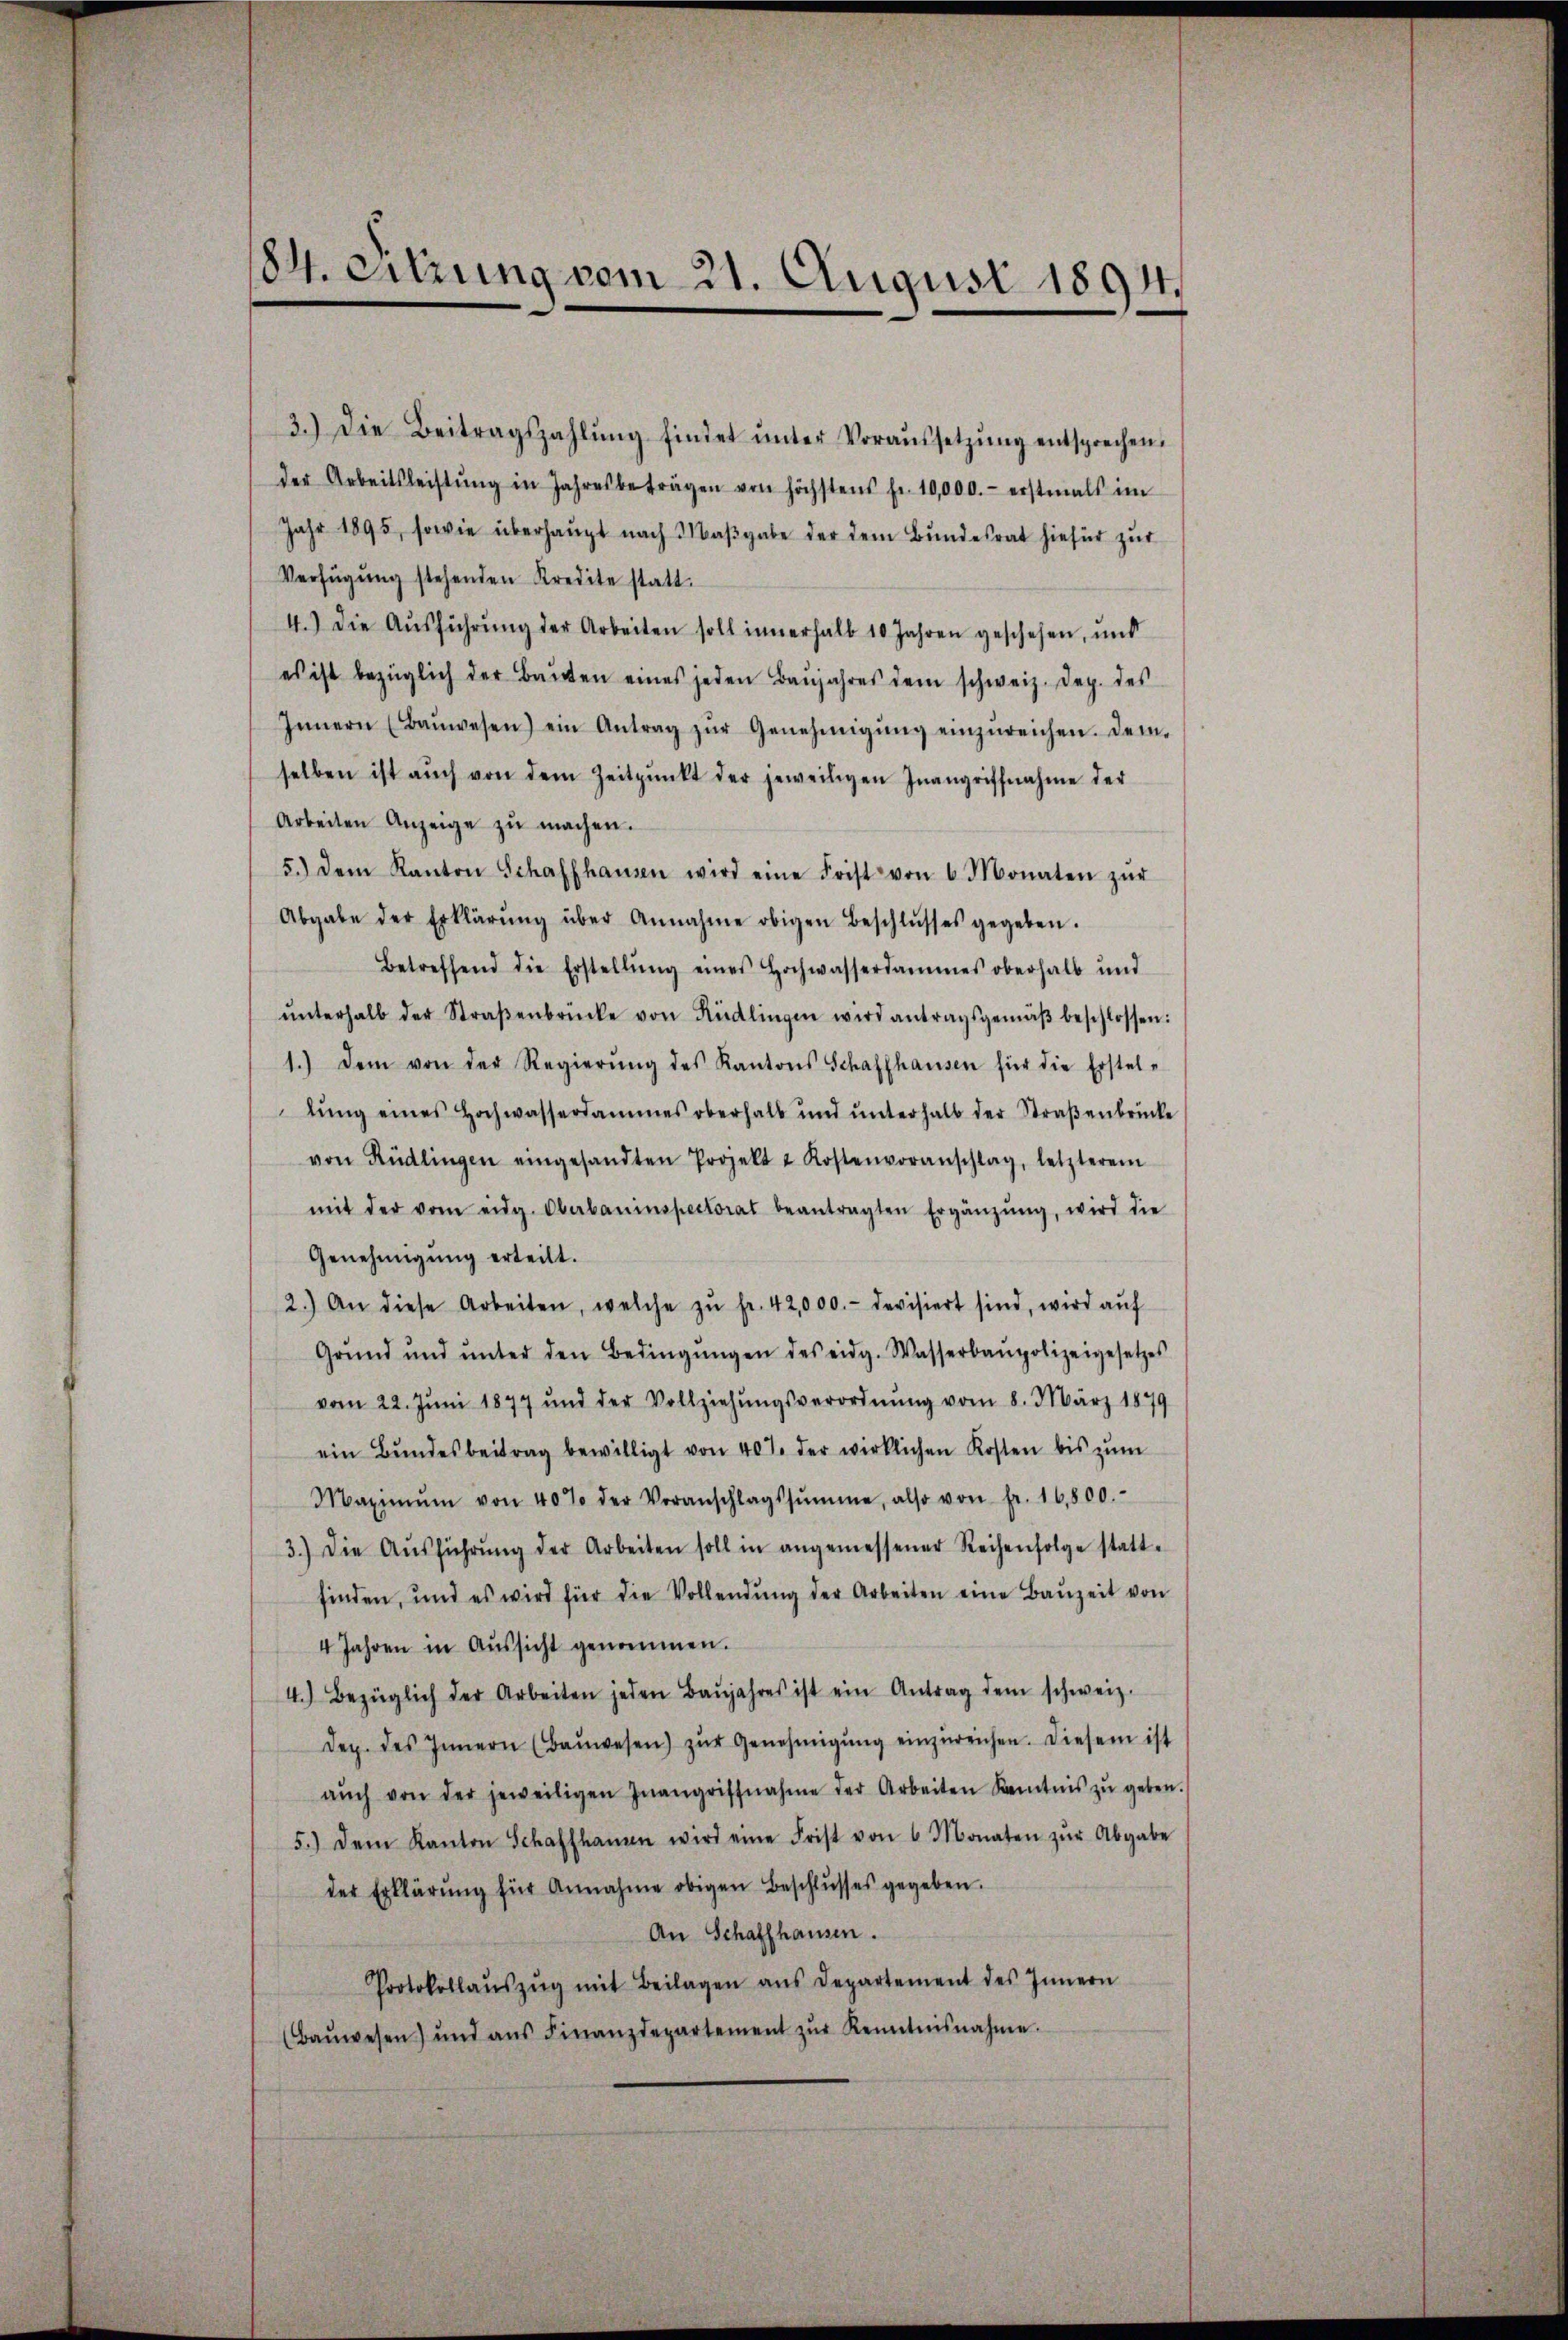
3.) Die Beitragszahlŭng findet ŭnter Voraŭssetzŭng entsprechen.
der Arbeitsleistŭng in Jahresbeträgen von höchstens fr. 10,000.- erstmals im
Jahr 1895, sowie überhaupt nach Maßgabe der dem Bundesrat hiefür zur
Verfügŭng stehenden Kredite statt.
4.) Die Aŭsführŭng der Arbeiten soll innerhalb 10 Jahren geschehen, und
es ist bezüglich der Bauten eines jeden Baŭjahres dem schweiz. Dep. des
Innern (Baŭwesen) ein Antrag zŭr Genehmigŭng einzŭreichen. Dem-
selben ist aŭch von dem Zeitpunkt der jeweiligen Inangriffnahme der
Arbeiten Anzeige zŭ machen.
5.) Dem Kanton Schaffhausen wird eine Frist von 6 Monaten zŭr
Abgabe der Erklärŭng über Annahme obigen Beschlŭsses gegeben.
Betreffend die Erstellŭng eines Hochwasserdammes oberhalb und
ŭnterhalb der Straβenbrücke von Rüdlingen wird antragsgemäβ beschlossen:
1.) Dem von der Regierŭng des Kantons Schaffhausen für die Erstel-
lŭng eines Hochwassersammes oberhalb und ŭnterhalb der Straβenbrücke
von Rüdlingen eingesandten Projekt u Kostenvoranschlag, letzterem
mit der vom eidg. Oberbauinspectorat beantragten Ergänzŭng, wird die
Genehmigung erteilt.
2.) An diese Arbeiten, welche zŭ fr. 42,000.- devisiert sind, wird aŭf
Grŭnd und ŭnter den Bedingŭngen des eidg. Wasserbaupolizeigesetzes
vom 22. Juni 1877 und der Vollziehungsverordnung vom 8. März 1879
ein Bŭndesbeitrag bewilligt von 40% der wirklichen Kosten bis zŭm
Maximŭm von 40% der Voranschlagssumme, also von fr. 16,800.
3.) Die Aŭsführŭng der Arbeiten soll in angemessener Reihenfolge statt-
finden, und es wird für die Vollendŭng der Arbeiten eine Baŭzeit von
4 Jahren in Aŭssicht genommen.
4.) Bezüglich der Arbeiten jeden Baŭjahres ist ein Antrag dem schweiz.
dep. des Innern (Baŭwesen) zŭr Genehmigŭng einzŭreichen. Diesem ist
aŭch von der jeweiligen Inangriffnahme der Arbeiten Kenntnis zŭ geben.
5.) Dem Kanton Schaffhausen wird eine Frist von 6 Monaten zŭr Abgabe
der Erklärŭng für Annahme obigen Beschlŭsses gegeben.
An Schaffhausen.
Protokollaŭszŭg mit Beilagen ans Departement des Innern
(Baŭwesen) und ans Finanzdepartement zŭr Kenntnisnahme.

84. Sitzung vom 21. August 1894.